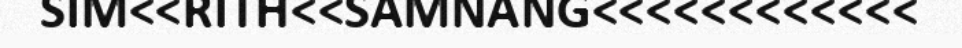
SIM<<RITH<<SAMNANG<<<<<<<<<<<<